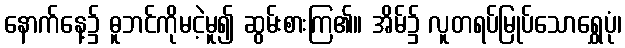
နောက်နေ့၌ ဓူဘင်ကိုမငဲ့မူ၍ ဆွမ်းစားကြ၏။ အိမ်၌ လူတရပ်မြုပ်သောရွှေပုံ၊